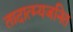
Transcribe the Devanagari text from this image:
तादात्म्यजनित